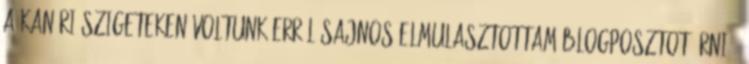
a Kanári-szigeteken voltunk erről sajnos elmulasztottam blogposztot írni ,